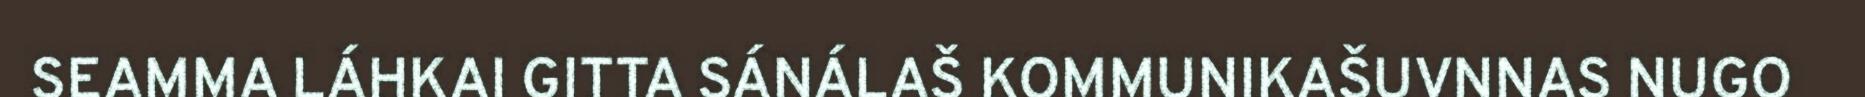
SEAMMA LÁHKAI GITTA SÁNÁLAŠ KOMMUNIKAŠUVNNAS NUGO